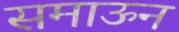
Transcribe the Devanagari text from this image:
समाऊन